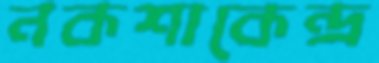
নকশাকেন্দ্র